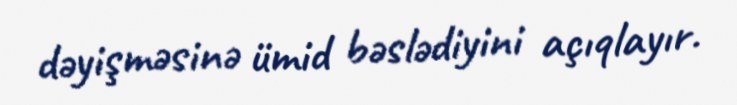
dəyişməsinə ümid bəslədiyini açıqlayır.